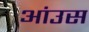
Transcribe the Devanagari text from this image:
आंउस